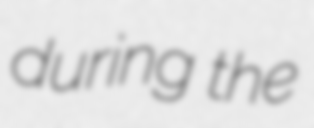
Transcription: during the